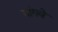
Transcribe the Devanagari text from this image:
गांगवे